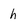
Character: h